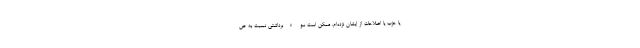
یا حزب یا اصلاحات از ایشان نزده‌ام. ممکن است سوءبرداشتی نسبت به ص